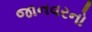
જાનવરનો